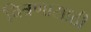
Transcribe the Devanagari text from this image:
चित्रणासाठी